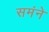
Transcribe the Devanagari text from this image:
समंने